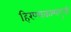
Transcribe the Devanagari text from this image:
हिरण्यकश्यपूची